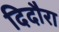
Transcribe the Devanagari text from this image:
दिदौरा